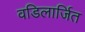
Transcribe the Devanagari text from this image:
वडिलार्जित